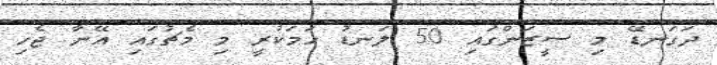
ދަގަނޑޭ މި ސީޒަންގައި 50 ލަނޑު ހަމަކުރީ މި މެޗުގައި އޭނާ ޖެހި